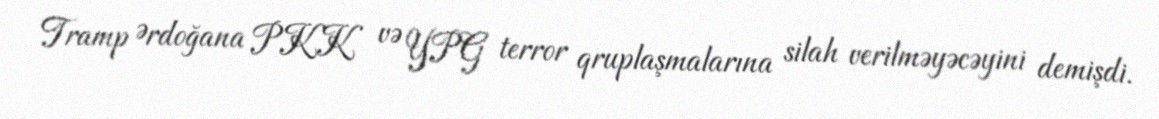
Tramp Ərdoğana PKK və YPG terror qruplaşmalarına silah verilməyəcəyini demişdi.